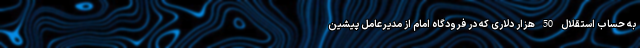
به حساب استقلال 50 هزار دلاری که در فرودگاه امام از مدیرعامل پیشین